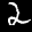
Label: 2